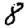
Digit: 8